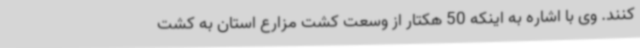
کنند. وی با اشاره به اینکه 50 هکتار از وسعت کشت مزارع استان به کشت